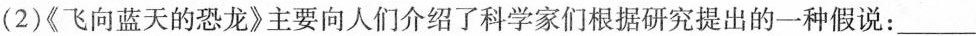
(2)《飞向蓝天的恐龙》主要向人们介绍了科学家们根据研究提出的一种假说：___